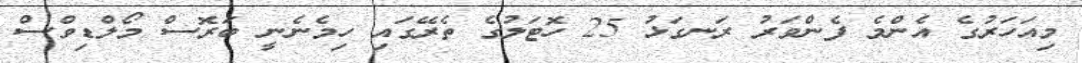
މިއަހަރުގެ އެންމެ ފެންވަރު ރަނގަޅު 25 ހޮޓަލުގެ ތެރޭގައި ހިމެނެނީ ބަރޮސް މޯލްޑިވްސް